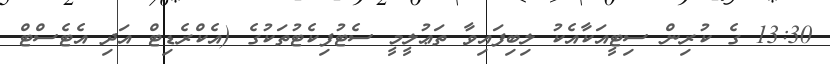
13:30 ގެ ކުރިން ސިޓީއަކާއެކު ލިބިފައިވާ ތަޢުލީމީ ސެޓުފިކެޓުތަކުގެ (އެކްރެޑިޓް އަދި އެޓެސްޓް